Calcutta medical institutions reports 1892-1900
Year: 1892
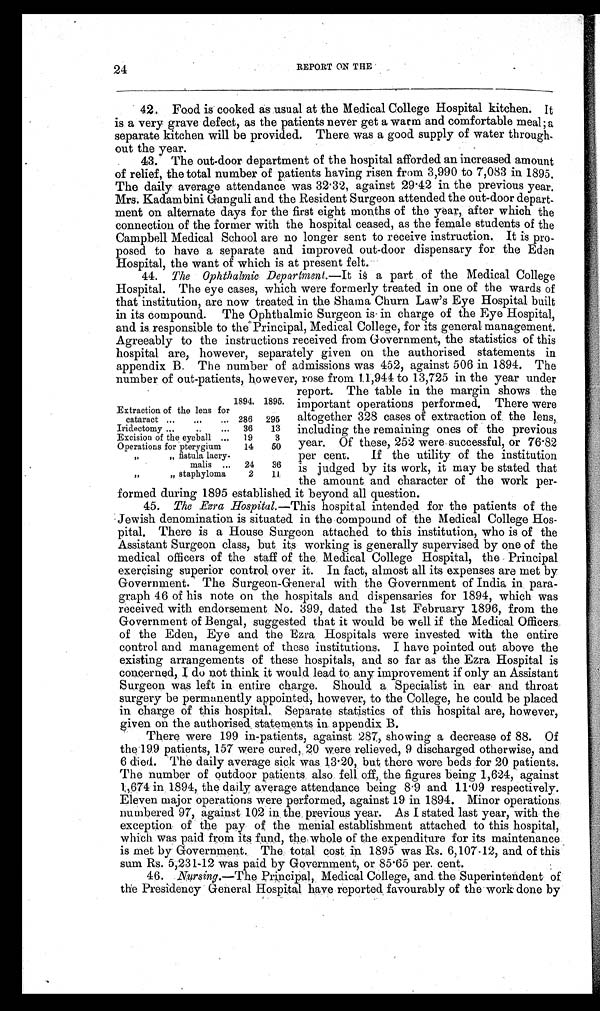
24
REPORT ON THE
42. Food is cooked as usual at the Medical College Hospital kitchen. It
is a very grave defect, as the patients never get a warm and comfortable meal; a
separate kitchen will be provided. There was a good supply of water through
-out the year.
43. The out-door department of the hospital afforded an increased amount
of relief, the total number of patients having risen from 3,990 to 7,083 in 1895.
The daily average attendance was 32 . 32, against 29 .42 in the previous year.
Mrs. Kadambini Ganguli and the Resident Surgeon attended the out-door depart
-ment on alternate days for the first eight months of the year, after which the
connection of the former with the hospital ceased, as the female students of the
Campbell Medical School are no longer sent to receive instruction. It is pro
-posed to have a separate and improved out-door dispensary for the Eden
Hospital, the want of which is at present felt.
44. The Ophthalmic Department.—It is a part of the Medical College
Hospital. The eye cases, which were formerly treated in one of the wards of
that institution, are now treated in the Shama Churn Law's Eye Hospital built
in its compound. The Ophthalmic Surgeon is in charge of the Eye Hospital,
and is responsible to the Principal, Medical College, for its general management.
Agreeably to the instructions received from Government, the statistics of this
hospital are, however, separately given on the authorised statements in
appendix B. The number of admissions was 452, against 506 in 1894. The
number of out-patients, however, rose from 11,944 to 13,725 in the year under
report. The table in the margin shows the
important operations performed. There were
altogether 328 cases of extraction of the lens,
including the remaining ones of the previous
year. Of these, 252 were successful, or 76.82
per cent. If the utility of the institution
is judged by its work, it may be stated that
the amount and character of the work per-
formed during 1895 established it beyond all question.
45. The Ezra Hospital.— This hospital intended for the patients of the
Jewish denomination is situated in the compound of the Medical College Hos-
pital. There is a House Surgeon attached to this institution, who is of the
Assistant Surgeon class, but its working is generally supervised by one of the
medical officers of the staff of the. Medical College Hospital, the Principal
exercising superior control over it. In fact, almost all its expenses are met by
Government. The Surgeon-General with the Government of India in para-
graph 46 of his note on the hospitals and dispensaries for 1894, which was
received with endorsement No. 399, dated the 1st February 1896, from the
Government of Bengal, suggested that it would be well if the Medical Officers
of the Eden, Eye and the Ezra Hospitals were invested with the entire
control and management of these institutions. I have pointed out above the
existing arrangements of these hospitals, and so far as the Ezra Hospital is
concerned, I do not think it would lead to any improvement if only an Assistant
Surgeon was left in entire charge. Should a Specialist in ear and throat
surgery be permanently appointed, however, to the College, he could be placed
in charge of this hospital. Separate statistics of this hospital are, however,
given on the authorised statements in appendix B.
There were 199 in-patients, against 287, showing a decrease of 88. Of
the 199 patients, 157 were cured,. 20 were relieved, 9 discharged otherwise, and
6 died. The daily average sick was 13 . 20, but there were beds for 20 patients.
The number of outdoor patients also fell off, the figures being 1,624, against
1,674 in 1894, the daily average attendance being 8 . 9 and 11 . 09 respectively.
Eleven major operations were performed, against 19 in 1894. Minor operations.
numbered 97, against 102 in the previous year. As I stated last year, with the
exception of the pay of the menial establishment attached to this hospital,
which was paid from its fund, the whole of the expenditure for its maintenance
is met by Government. The total cost in 1895 was Rs. 6,107-12, and of this
sum Rs. 5,231-12 was paid by Government, or 85 . 65 per. cent.
46. Nursing.—The Principal, Medical College, and the Superintendent of
the Presidency General Hospital have reported, favourably of the work done by
1894. 1895.
Extraction of the lens for c a t a r a c t 286 295
Iridectomy
36 13
Excision of the eyeball
19
3
Operations for pterygium
14 50
fistula lacry
malis
24 36
staphyloma
2
1 1